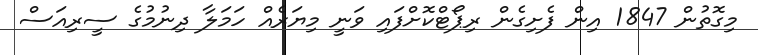
މިގޮތުން 1847 އިން ފެށިގެން ރިޕޯޓްކޮށްފައި ވަނީ މިޔަރެއް ހަމަލާ ދިނުމުގެ ސީރިއަސް